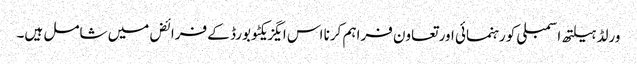
ورلڈ ہیلتھ اسمبلی کو رہنمائی اور تعاون فراہم کرنا اس ایگزیکٹو بورڈ کے فرائض میں شامل ہیں۔